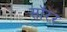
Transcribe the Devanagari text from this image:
सॉरर